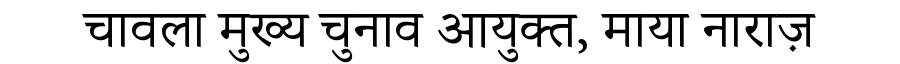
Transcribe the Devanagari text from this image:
चावला मुख्य चुनाव आयुक्त, माया नाराज़